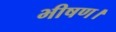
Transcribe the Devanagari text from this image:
भीषण।